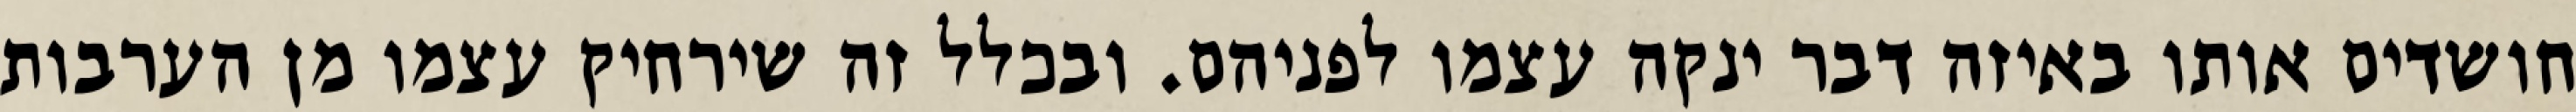
חושדים אותו באיזה דבר ינקה עצמו לפניהם. ובכלל זה שירחיק עצמו מן הערבות